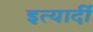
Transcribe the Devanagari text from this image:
इत्यार्दी